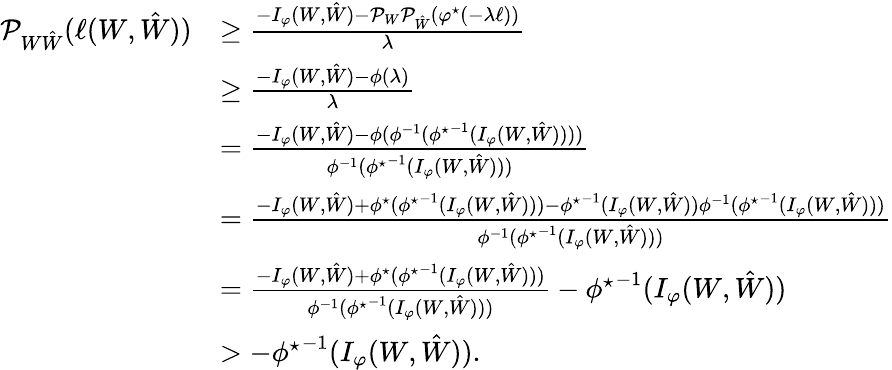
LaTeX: \begin{array}{rl}{\mathcal{P}_{W\hat{W}}(\ell(W,\hat{W}))}&{\geq\frac{-I_{\varphi}(W,\hat{W})-\mathcal{P}_{W}\mathcal{P}_{\hat{W}}\left(\varphi^{\star}(-\lambda\ell)\right)}{\lambda}}\\ &{\geq\frac{-I_{\varphi}(W,\hat{W})-\phi(\lambda)}{\lambda}}\\ &{=\frac{-I_{\varphi}(W,\hat{W})-\phi(\phi^{-1}({\phi^{\star}}^{-1}(I_{\varphi}(W,\hat{W}))))}{\phi^{-1}({\phi^{\star}}^{-1}(I_{\varphi}(W,\hat{W})))}}\\ &{=\frac{-I_{\varphi}(W,\hat{W})+\phi^{\star}({\phi^{\star}}^{-1}(I_{\varphi}(W,\hat{W})))-{\phi^{\star}}^{-1}(I_{\varphi}(W,\hat{W}))\phi^{-1}({\phi^{\star}}^{-1}(I_{\varphi}(W,\hat{W})))}{\phi^{-1}({\phi^{\star}}^{-1}(I_{\varphi}(W,\hat{W})))}}\\ &{=\frac{-I_{\varphi}(W,\hat{W})+\phi^{\star}({\phi^{\star}}^{-1}(I_{\varphi}(W,\hat{W})))}{\phi^{-1}({\phi^{\star}}^{-1}(I_{\varphi}(W,\hat{W})))}-{\phi^{\star}}^{-1}(I_{\varphi}(W,\hat{W}))}\\ &{>-{\phi^{\star}}^{-1}(I_{\varphi}(W,\hat{W})).}\end{array}